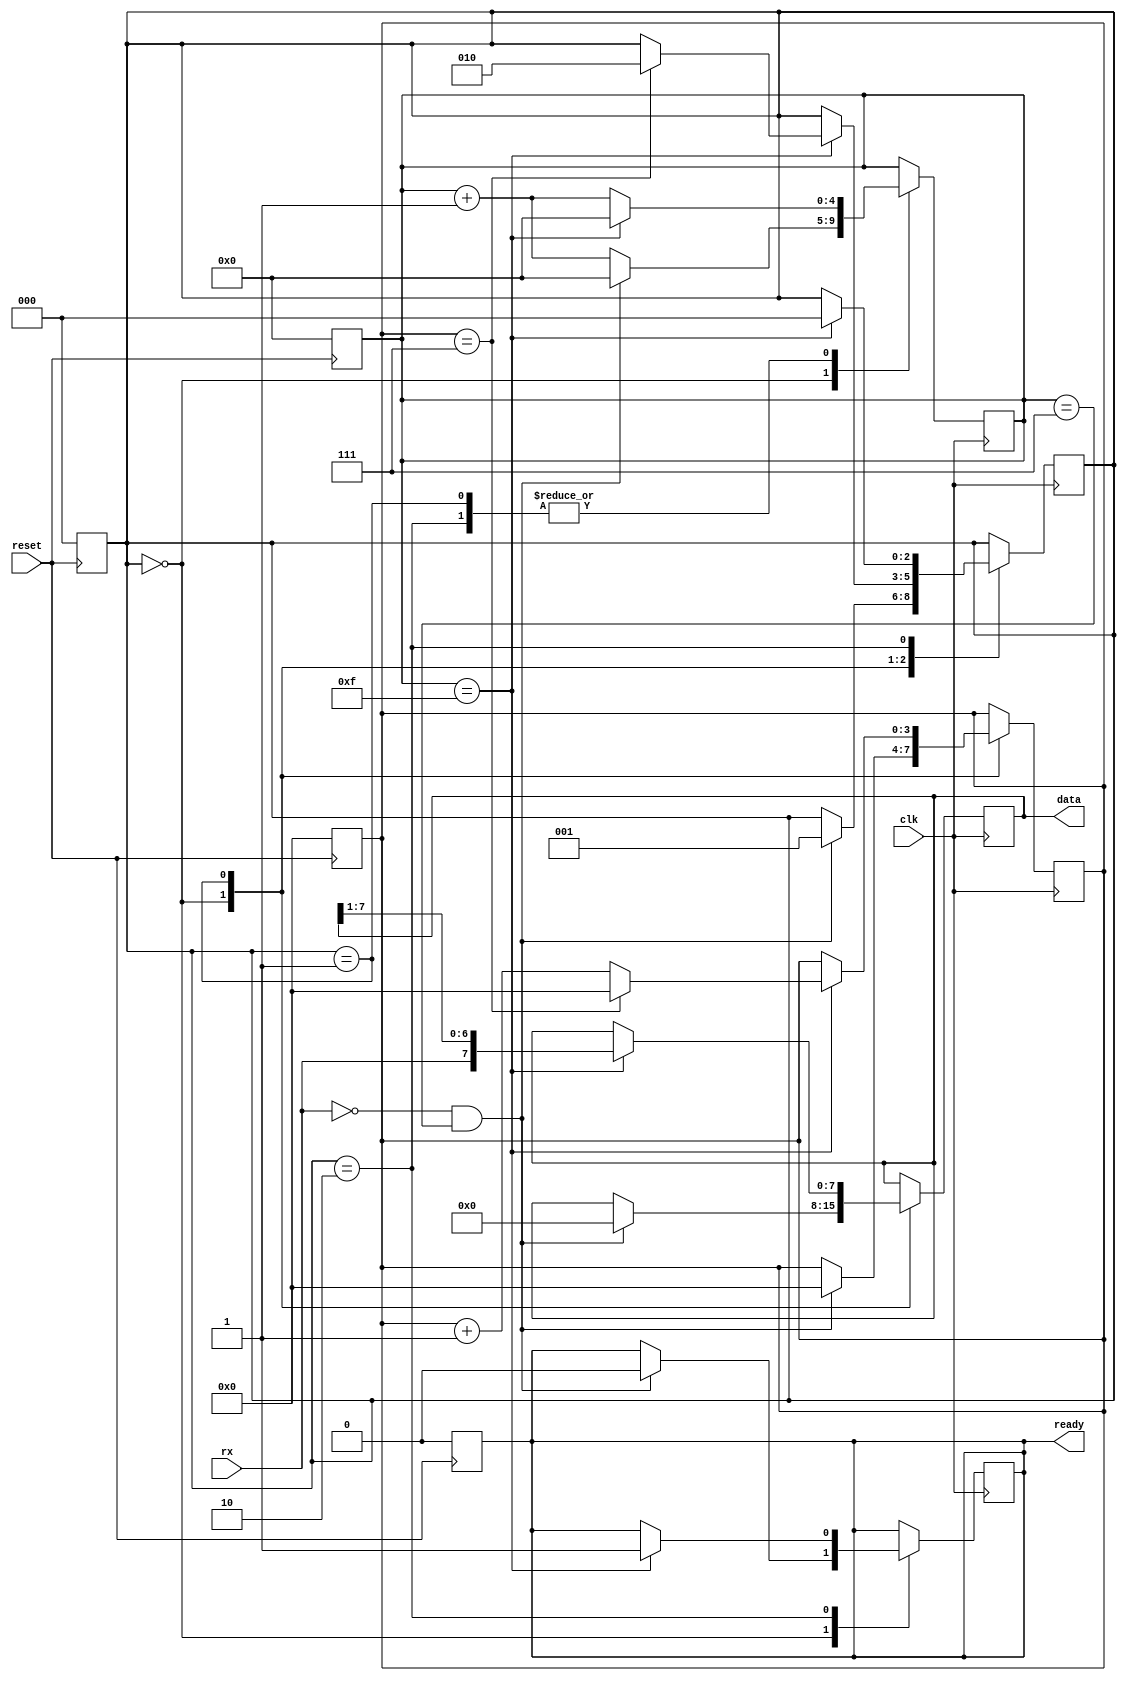
module uart_rx(input wire clk, input wire reset, input wire rx,
        output [7:0] data, output wire ready);
    localparam [2:0]
        IDLE = 2'd0,
        DATA = 2'd1,
        STOP = 2'd2;

    reg [2:0] state;
    reg [4:0] oversampling_counter;
    reg [3:0] bit;

    always@(negedge reset) begin
        state <= IDLE;
        oversampling_counter <= 0;
        bit <= 0;
        ready <= 0;
    end

    always@(posedge clk) begin
        case (state)
            IDLE:
                if (rx == 0 && oversampling_counter == 4'd7) begin
                    oversampling_counter <= 0;
                    state <= DATA;
                    data <= 0;
                    bit <= 0;
                    ready <= 0;
                end else begin
                    oversampling_counter <= oversampling_counter + 1;
                end
            DATA:
                if (oversampling_counter == 4'd15) begin
                    oversampling_counter <= 0;
                    data <= {rx, data[7:1]};
                    bit <= bit + 1;
                    if (bit == 3'd7) begin
                        bit <= 0;
                        state <= STOP;
                    end
                end else begin
                    oversampling_counter <= oversampling_counter + 1;
                end 
            STOP:
                if (oversampling_counter == 4'd15) begin
                    ready <= 1;
                    state <= IDLE;
                    oversampling_counter <= 0;
                end else begin
                    oversampling_counter <= oversampling_counter + 1;
                end
        endcase
    end
endmodule